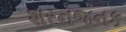
શરનજનક